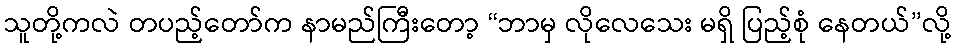
သူတို့ကလဲ တပည့်တော်က နာမည်ကြီးတော့ “ဘာမှ လိုလေသေး မရှိ ပြည့်စုံ နေတယ်”လို့